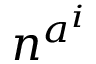
n ^ { a ^ { i } }